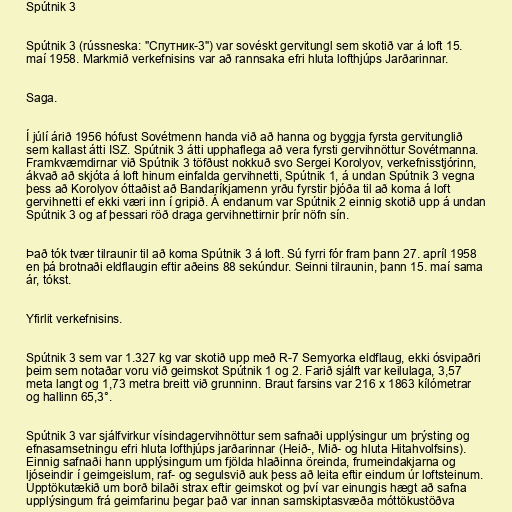
Spútnik 3

Spútnik 3 (rússneska: "Спутник-3") var sovéskt gervitungl sem skotið var á loft 15.
maí 1958. Markmið verkefnisins var að rannsaka efri hluta lofthjúps Jarðarinnar.

Saga.

Í júlí árið 1956 hófust Sovétmenn handa við að hanna og byggja fyrsta gervitunglið
sem kallast átti ISZ. Spútnik 3 átti upphaflega að vera fyrsti gervihnöttur Sovétmanna.
Framkvæmdirnar við Spútnik 3 töfðust nokkuð svo Sergei Korolyov, verkefnisstjórinn,
ákvað að skjóta á loft hinum einfalda gervihnetti, Spútnik 1, á undan Spútnik 3 vegna
þess að Korolyov óttaðist að Bandaríkjamenn yrðu fyrstir þjóða til að koma á loft
gervihnetti ef ekki væri inn í gripið. Á endanum var Spútnik 2 einnig skotið upp á undan
Spútnik 3 og af þessari röð draga gervihnettirnir þrír nöfn sín.

Það tók tvær tilraunir til að koma Spútnik 3 á loft. Sú fyrri fór fram þann 27. apríl 1958
en þá brotnaði eldflaugin eftir aðeins 88 sekúndur. Seinni tilraunin, þann 15. maí sama
ár, tókst.

Yfirlit verkefnisins.

Spútnik 3 sem var 1.327 kg var skotið upp með R-7 Semyorka eldflaug, ekki ósvipaðri
þeim sem notaðar voru við geimskot Spútnik 1 og 2. Farið sjálft var keilulaga, 3,57
meta langt og 1,73 metra breitt við grunninn. Braut farsins var 216 x 1863 kílómetrar
og hallinn 65,3°.

Spútnik 3 var sjálfvirkur vísindagervihnöttur sem safnaði upplýsingur um þrýsting og
efnasamsetningu efri hluta lofthjúps jarðarinnar (Heið-, Mið- og hluta Hitahvolfsins).
Einnig safnaði hann upplýsingum um fjölda hlaðinna öreinda, frumeindakjarna og
ljóseindir í geimgeislum, raf- og segulsvið auk þess að leita eftir eindum úr loftsteinum.
Upptökutækið um borð bilaði strax eftir geimskot og því var einungis hægt að safna
upplýsingum frá geimfarinu þegar það var innan samskiptasvæða móttökustöðva